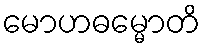
မောဟဓမ္မောတိ